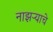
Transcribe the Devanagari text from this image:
नाझऱ्याचे